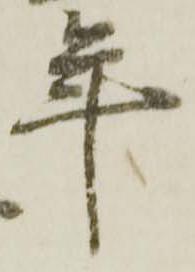
年